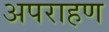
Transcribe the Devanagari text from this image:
अपराहण